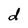
Character: d